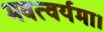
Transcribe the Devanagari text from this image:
भवत्वर्यमा।